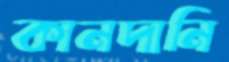
কানদানি